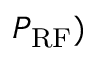
P _ { \mathrm { R F } } )